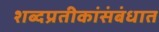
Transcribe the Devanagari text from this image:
शब्दप्रतीकांसंबंधात